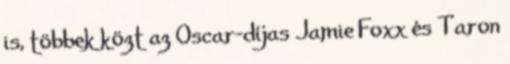
is, többek közt az Oscar-díjas Jamie Foxx és Taron